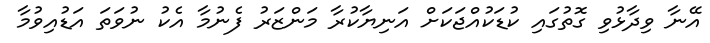
އޭނާ ވިދާޅުވި ގޮތުގައި ކުޑަކުއްޖަކަށް އަނިޔާކުރާ މަންޒަރު ފެނުމާ އެކު ނުވަތަ އަޑުއިވުމާ